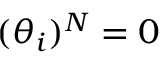
( \theta _ { i } ) ^ { N } = 0